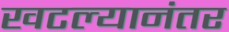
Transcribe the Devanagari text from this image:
खटल्यानंतर